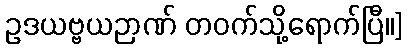
ဥဒယဗ္ဗယဉာဏ် တဝက်သို့ရောက်ပြီ။]